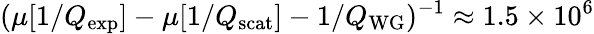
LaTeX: (\mu[1/Q_{\mathrm{exp}}]-\mu[1/Q_{\mathrm{scat}}]-1/Q_{\mathrm{WG}})^{-1}\approx 1.5\times 10^{6}